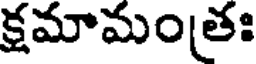
క్షమామంతః